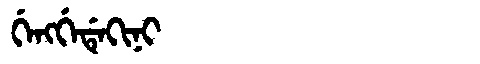
Manchu: ᡤᡝᠩᡤᡝᡩᡝᡴᡳᠨᡳ
Romanization: GENGGEDEKINI